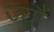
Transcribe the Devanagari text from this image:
ज्‍यौं